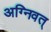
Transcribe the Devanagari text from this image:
अग्निवत्